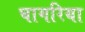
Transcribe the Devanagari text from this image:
घागरिया